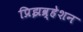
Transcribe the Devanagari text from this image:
प्रिझव्र्हेशन